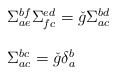
\begin{align*}\begin{array}{l}\Sigma_{ae}^{bf} \Sigma_{fc}^{ed} = \check{g} \Sigma_{ac}^{bd} \\\ \\\Sigma_{ac}^{bc} = \check{g} \delta_{a}^{b}\end{array}\end{align*}